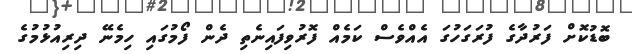
ބޮޑުކޮށް ފަރުދާގެ ފުރަގަހުގަ އެއްވެސް ކަމެއް ފޮރުވިފައިނެތި ދެން ފޯމުގައި ހިމެނޭ ދިރިއުޅުމުގެ